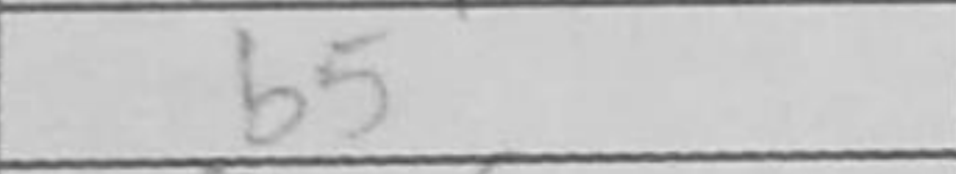
Transcription: b5